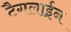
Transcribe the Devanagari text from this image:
टैगलाईन